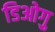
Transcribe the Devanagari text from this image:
डिओगु